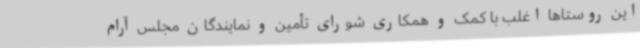
این روستاها اغلب با کمک و همکاری شورای تأمین و نمایندگان مجلس آرام